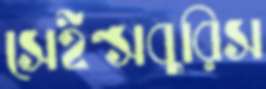
সেইন্সবুরিস